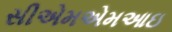
સીએમએમઆઇ